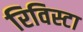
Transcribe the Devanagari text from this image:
रिविस्टा